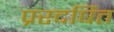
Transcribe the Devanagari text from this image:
प्ररदर्षित